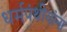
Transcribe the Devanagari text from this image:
धर्मपंथीयांना